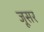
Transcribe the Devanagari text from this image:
जूसर